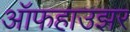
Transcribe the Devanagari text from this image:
ऑफहाउझर